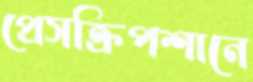
প্রেসক্রিপশানে